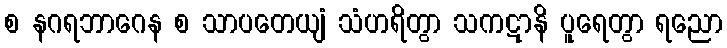
စ နဂရဘာဂေန စ သာပတေယျံ သံဟရိတွာ သကဋာနိ ပူရေတွာ ရညော